Burma Government Medical School reports 1923-41
Year: 1923
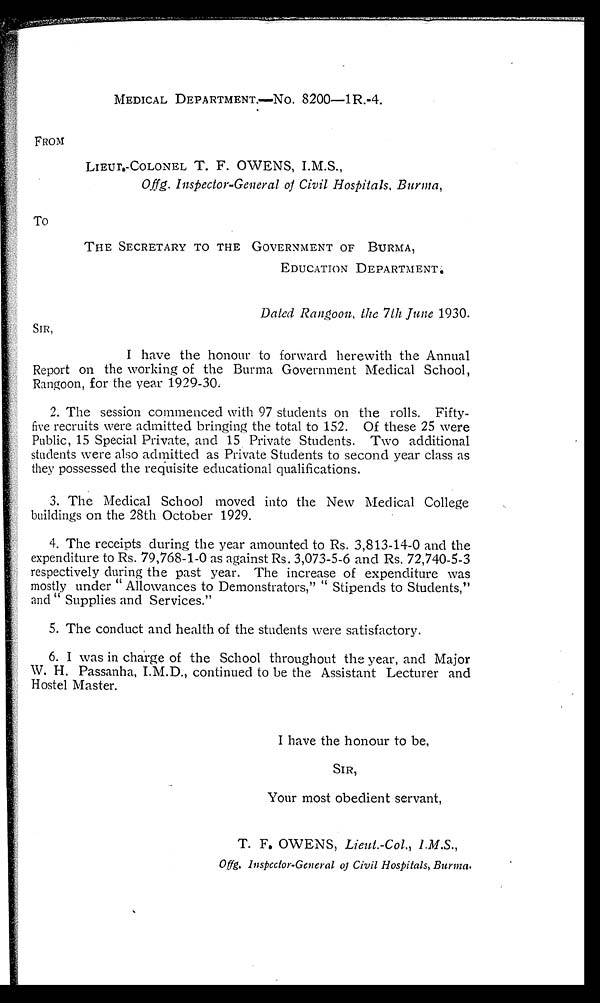
FROM
To
MEDICAL DEPARTMENT.—NO. 8200—1 R.-4.
LIEUT.-COLONEL T. F. OWENS, I.M.S.,
Offg. Inspector-General of Civil Hospitals, Burma,
THE SECRETARY TO THE GOVERNMENT OF BURMA,
EDUCATION DEPARTMENT.
Dated Rangoon, the 7th June 1930.
SIR,
I have the honour to forward herewith the Annual
Report on the working of the Burma Government Medical School,
Rangoon, for the year 1929-30.
2. The session commenced with 97 students on the rolls. Fifty-
five recruits were admitted bringing the total to 152. Of these 25 were
Public, 15 Special Private, and 15 Private Students. Two additional
students were also admitted as Private Students to second year class as
they possessed the requisite educational qualifications.
3. The Medical School moved into the New Medical College
buildings on the 28th October 1929.
4. The receipts during the year amounted to Rs. 3,813-14-0 and the
expenditure to Rs. 79,768-1-0 as against Rs. 3,073-5-6 and Rs. 72,740-5-3
respectively during the past year. The increase of expenditure was
mostly under " Allowances to Demonstrators," " Stipends to Students,"
and " Supplies and Services."
5. The conduct and health of the students were satisfactory.
6. I was in charge of the School throughout the year, and Major
W. H. Passanha, I.M.D., continued to be the Assistant Lecturer and
Hostel Master.
I have the honour to be,
SIR,
Your most obedient servant,
T. F. OWENS, Lieut.-Col., 1.M.S.,
Offg. Inspector-General of Civil Hospitals, Burma.